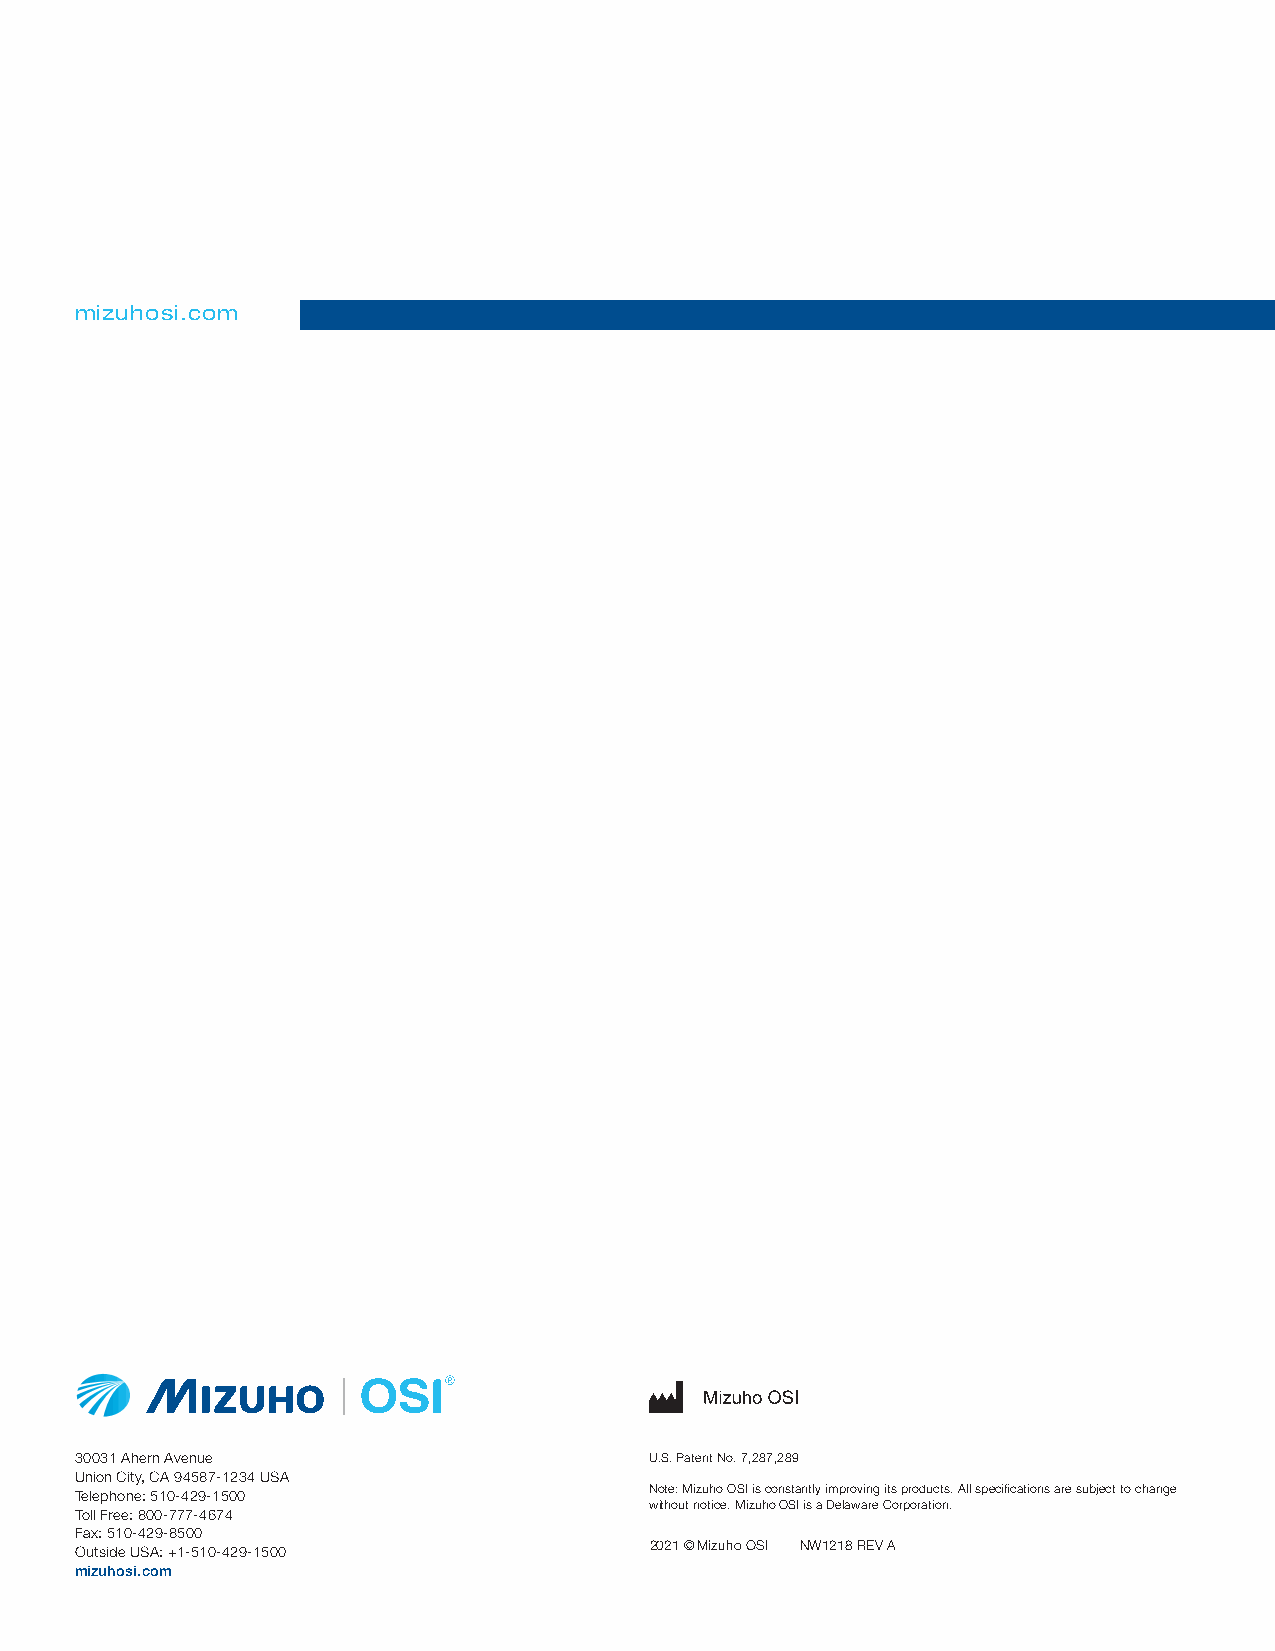
mizuhosi.com
 30031 Ahern Avenue                    U.S. Patent No. 7,287,289
 Union City, CA 94587-1234 USA
 Note: Mizuho OSI is constantly improving its products. All specifications are subject to change
 Telephone: 510-429-1500
 without notice. Mizuho OSI is a Delaware Corporation.
 Toll Free: 800-777-4674
 Fax: 510-429-8500
 Outside USA: +1-510-429-1500          2021 ©Mizuho OSI NW1218 REV A
 mizuhosi.com